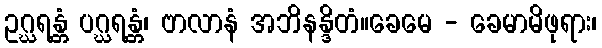
ဥဂ္ဃရန္တံ ပဂ္ဃရန္တံ၊ ဗာလာနံ အဘိနန္ဒိတံ။ခေမေ - ခေမာမိဖုရား၊